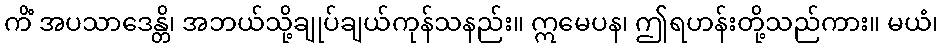
ကိံ အပသာဒေန္တိ၊ အဘယ်သို့ချုပ်ချယ်ကုန်သနည်း။ ဣမေပန၊ ဤရဟန်းတို့သည်ကား။ မယံ၊